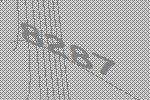
8287